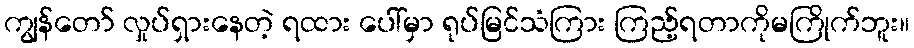
ကျွန်တော် လှုပ်ရှားနေတဲ့ ရထား ပေါ်မှာ ရုပ်မြင်သံကြား ကြည့်ရတာကိုမကြိုက်ဘူး။